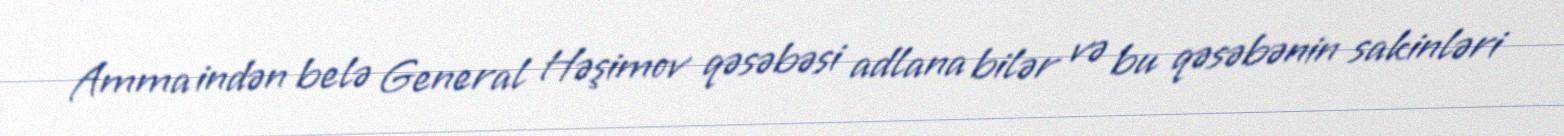
Amma indən belə General Həşimov qəsəbəsi adlana bilər və bu qəsəbənin sakinləri